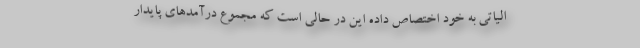
الیاتی به خود اختصاص داده این در حالی است که مجموع درآمدهای پایدار